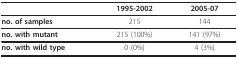
|  | 1995-2002 | 2005-07 |
 | --- | --- | --- |
 | no. of samples | 215 | 144 |
 | no. with mutant | 215 (100%) | 141 (97%) |
 | no. with wild type | 0 (0%) | 4 (3%) |